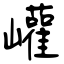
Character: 巏